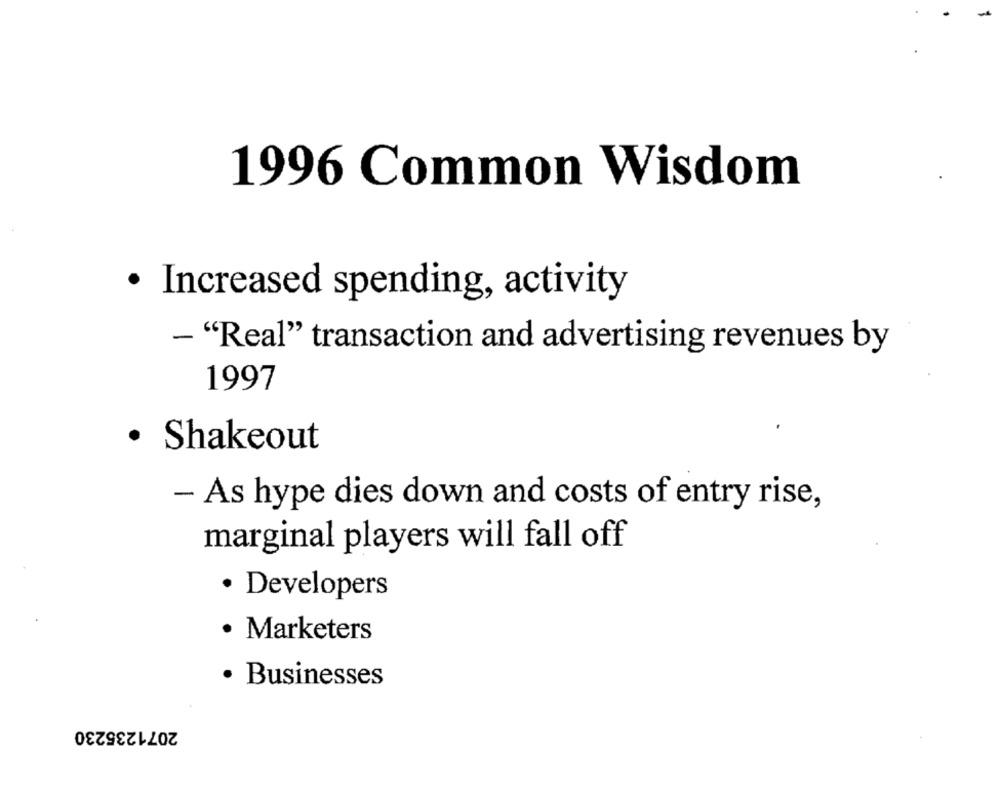
1996 Common Wisdom
· Increased spending, activity
- "Real" transaction and advertising revenues by
1997
· Shakeout
- As hype dies down and costs of entry rise,
marginal players will fall off
Developers
· Marketers
Businesses
2071235230